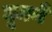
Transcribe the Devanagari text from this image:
घूमनें